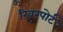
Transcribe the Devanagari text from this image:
रिवरपोर्ट